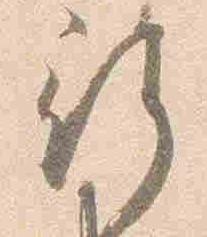
行